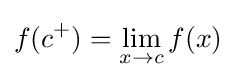
f(c^{+})=\lim _{x\to c}f(x)